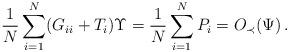
LaTeX: \begin{align*} \frac{1}{N}\sum_{i=1}^N (G_{ii}+T_i) \Upsilon=\frac{1}{N}\sum_{i=1}^N P_i= O_\prec(\Psi)\,. \end{align*}